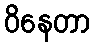
ဝိနေတာ